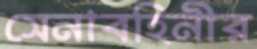
সেনাবহিনীর